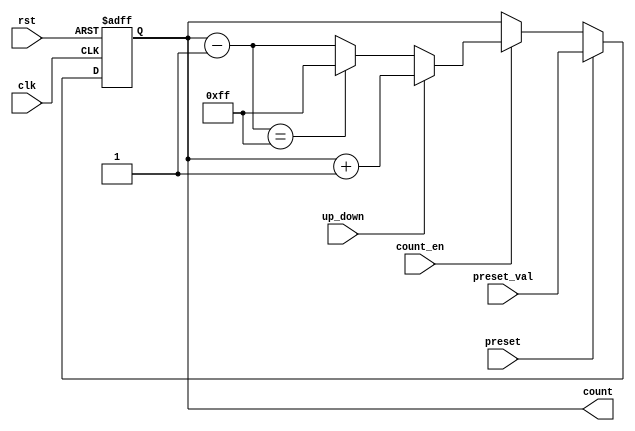
module presettable_counter #(
    parameter N = 8 // Width of the counter (number of bits)
)(
    input wire clk,                // Clock signal
    input wire rst,                // Reset signal (active high)
    input wire preset,             // Preset signal (active high)
    input wire [N-1:0] preset_val, // Value to load into the counter
    input wire count_en,           // Count enable signal (active high)
    input wire up_down,            // Up/Down control signal (1 for up, 0 for down)
    output reg [N-1:0] count       // Current counter value
);

    // Internal signal for next count value
    reg [N-1:0] next_count;

    always @(posedge clk or posedge rst) begin
        if (rst) begin
            // Reset the counter to zero
            count <= 0;
        end else if (preset) begin
            // Load the preset value into the counter
            count <= preset_val;
        end else if (count_en) begin
            // Count up or down based on the up_down signal
            if (up_down) begin
                // Increment the counter with wrap-around
                next_count = count + 1;
                count <= (next_count == (1 << N)) ? 0 : next_count; // Wrap around to 0
            end else begin
                // Decrement the counter with wrap-around
                next_count = count - 1;
                count <= (next_count == 8'b11111111) ? (1 << N) - 1 : next_count; // Wrap around to max value
            end
        end
    end

endmodule